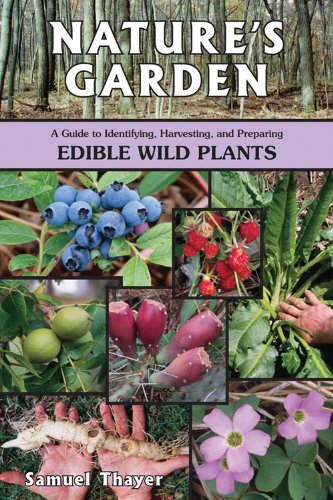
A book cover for Nature's Garden: A Guide to Identifying, Harvesting, and Preparing Edible Wild Plants; Samuel Thayer; Cookbooks, Food & Wine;